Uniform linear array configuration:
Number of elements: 48
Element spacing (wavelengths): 1
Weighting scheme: hamming
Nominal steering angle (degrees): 45
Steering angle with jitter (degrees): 46.261
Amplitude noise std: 0.05
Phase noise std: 0.05

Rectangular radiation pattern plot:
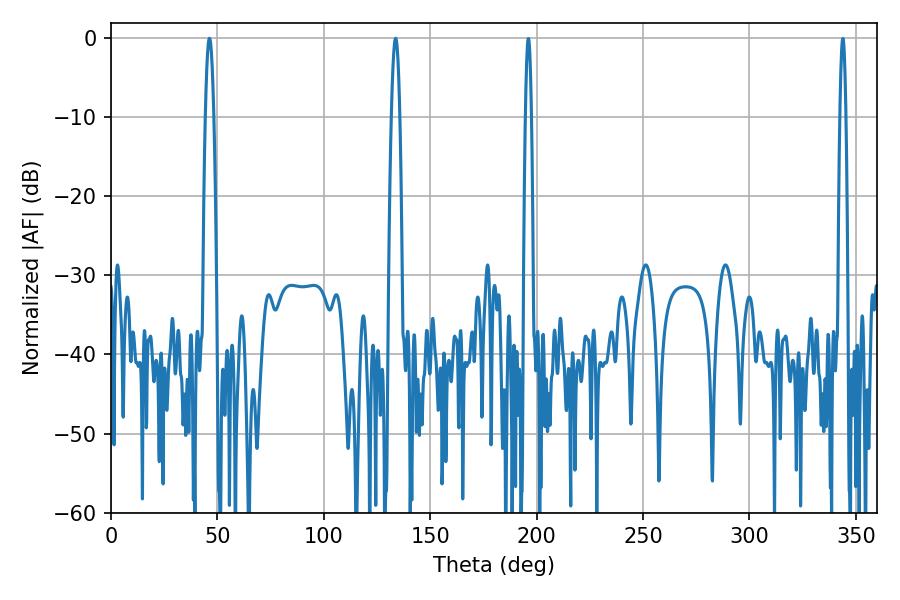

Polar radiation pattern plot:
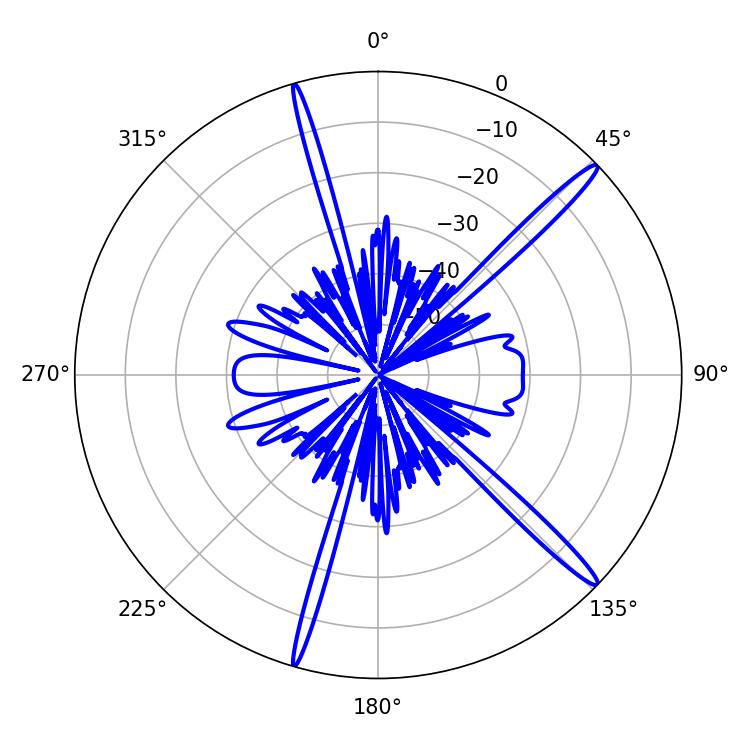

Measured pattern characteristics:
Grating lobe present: TRUE
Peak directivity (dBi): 16.61
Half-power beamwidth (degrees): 2.16
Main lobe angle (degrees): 46.26